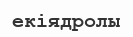
екіядролы